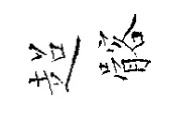
超髂